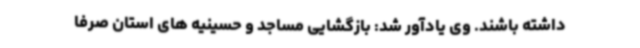
داشته باشند. وی یادآور شد: بازگشایی مساجد و حسینیه های استان صرفاً